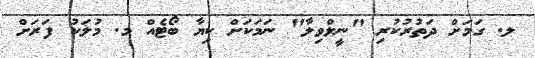
ލ. ގަމަށް ދަތުރުކުރި "ނީލްވިލާ" ނަމަކަށް ކިޔާ ބޯޓެއް މ. މުލަކު ފަރަށް